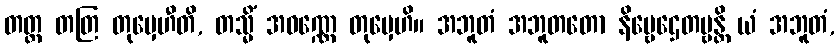
တတ္ထ တတြ တုမှေဟီတိ, တသ္မိံ အဝဏ္ဏေ တုမှေဟိ။ အဘူတံ အဘူတတော နိဗ္ဗေဌေတဗ္ဗန္တိ ယံ အဘူတံ,